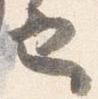
也